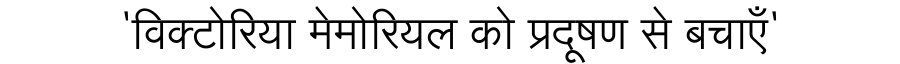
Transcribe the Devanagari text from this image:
'विक्टोरिया मेमोरियल को प्रदूषण से बचाएँ'